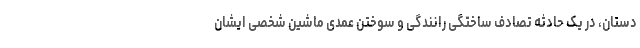
دستان، در یک حادثه تصادف ساختگی رانندگی و سوختن عمدی ماشین شخصی ایشان